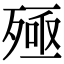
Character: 殛